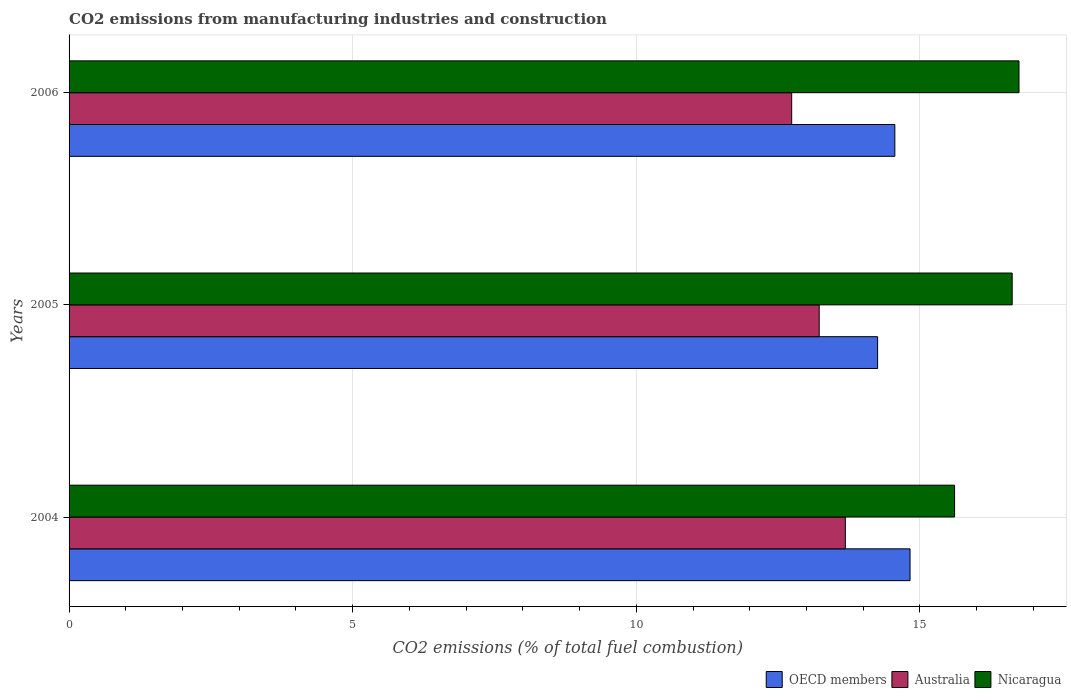
| Years | OECD members | Australia | Nicaragua |
 | --- | --- | --- | --- |
 | 2004 | 14.8 | 13.7 | 15.6 |
 | 2005 | 14.3 | 13.2 | 16.6 |
 | 2006 | 14.6 | 12.7 | 16.7 |